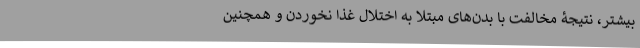
بیشتر، نتیجۀ مخالفت با بدن‌های مبتلا به اختلالِ غذا نخوردن و همچنین